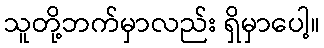
သူတို့ဘက်မှာလည်း ရှိမှာပေါ့။